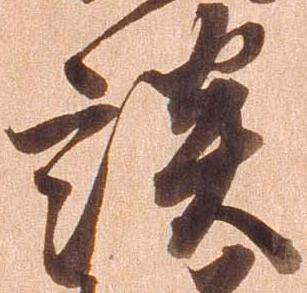
談